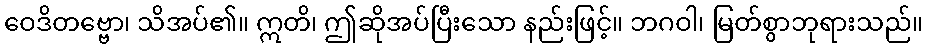
ဝေဒိတဗ္ဗော၊ သိအပ်၏။ ဣတိ၊ ဤဆိုအပ်ပြီးသော နည်းဖြင့်။ ဘဂဝါ၊ မြတ်စွာဘုရားသည်။